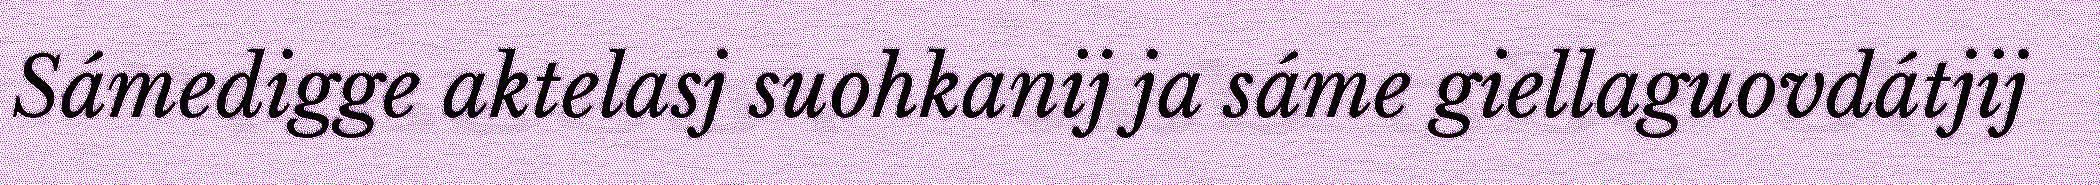
Sámedigge aktelasj suohkanij ja sáme giellaguovdátjij